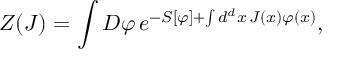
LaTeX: Z ( J ) = \int D \varphi \, e ^ { - S [ \varphi ] + \int d ^ { d } x \, J ( x ) \varphi ( x ) } ,